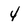
Character: 4